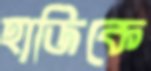
হাজিকে